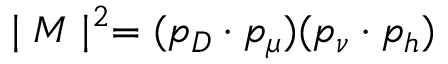
\mid { \cal M } \mid ^ { 2 } = ( p _ { D } \cdot p _ { \mu } ) ( p _ { \nu } \cdot p _ { h } )